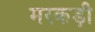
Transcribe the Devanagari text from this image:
मरकड़ी